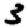
Digit: 3